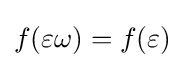
f(\varepsilon \omega )=f(\varepsilon )